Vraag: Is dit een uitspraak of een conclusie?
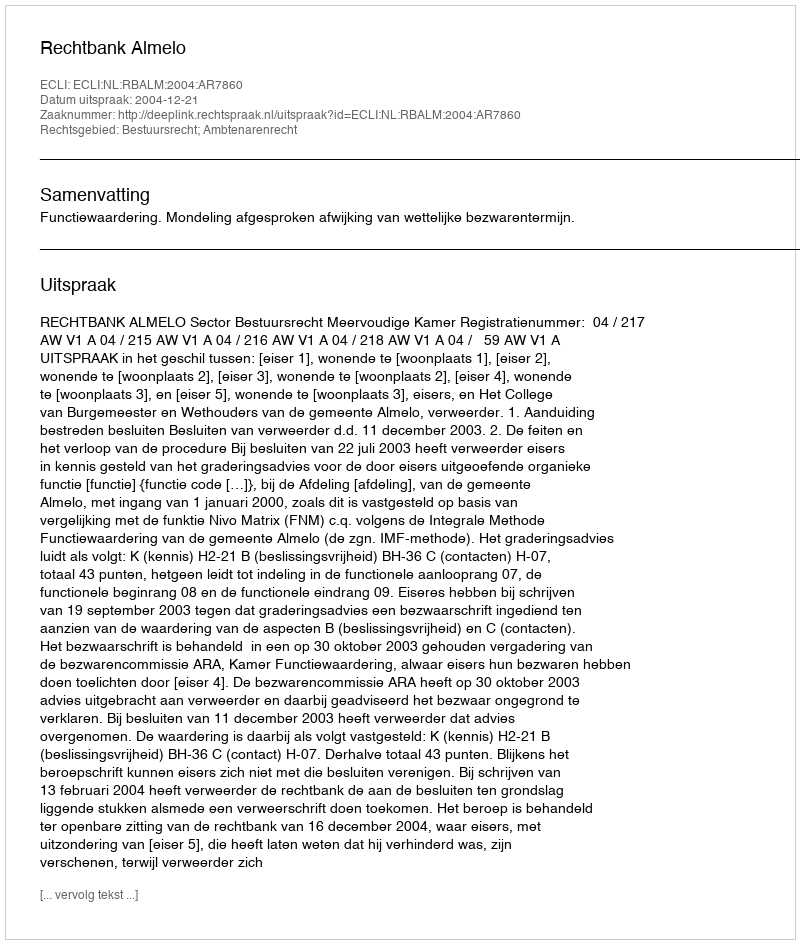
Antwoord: Uitspraak